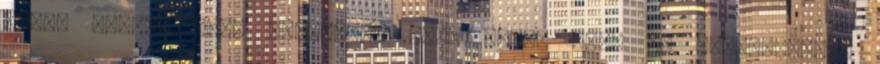
annak idején nagy szükségem lett volna erre az információra